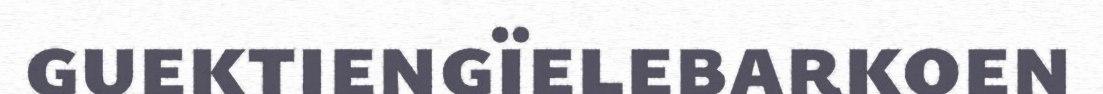
guektiengïelebarkoen